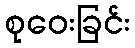
စုဝေးခြင်း